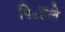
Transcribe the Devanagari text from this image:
पि॰हले